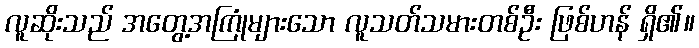
လူဆိုးသည် အတွေ့အကြုံများသော လူသတ်သမားတစ်ဦး ဖြစ်ဟန် ရှိ၏။